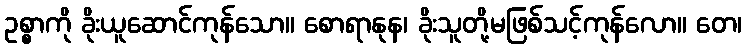
ဥစ္စာကို ခိုးယူဆောင်ကုန်သော။ စောရာနုန၊ ခိုးသူတို့မဖြစ်သင့်ကုန်လော။ တေ၊